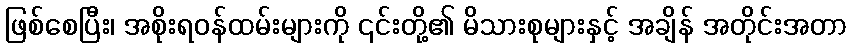
ဖြစ်စေပြီး၊ အစိုးရဝန်ထမ်းများကို ၎င်းတို့၏ မိသားစုများနှင့် အချိန် အတိုင်းအတာ